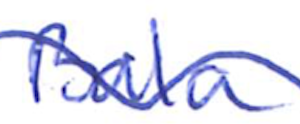
Text: Bala
Cross-out: wave
Writing tool: ballpoint